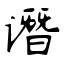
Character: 谮